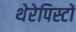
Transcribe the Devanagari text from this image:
थेरेपिस्टों